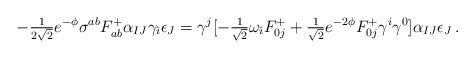
LaTeX: \begin{align*}-{\textstyle\frac{1}{2\sqrt{2}}} e^{-\phi} \sigma^{ab}F^{+}_{ab} \alpha_{IJ} \gamma_{\hat{\imath}} \epsilon_{J}=\gamma^{j} [-{\textstyle\frac{1}{\sqrt{2}}}\omega_{\hat{\imath}} F^{+}_{0j}+{\textstyle\frac{1}{\sqrt{2}}} e^{-2\phi} F^{+}_{0j} \gamma^{i}\gamma^{0}] \alpha_{IJ}\epsilon_{J}\, .\end{align*}